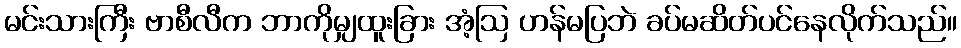
မင်းသားကြီး ဗာစီလီက ဘာကိုမျှထူးခြား အံ့ဩ ဟန်မပြဘဲ ခပ်မဆိတ်ပင်နေလိုက်သည်။